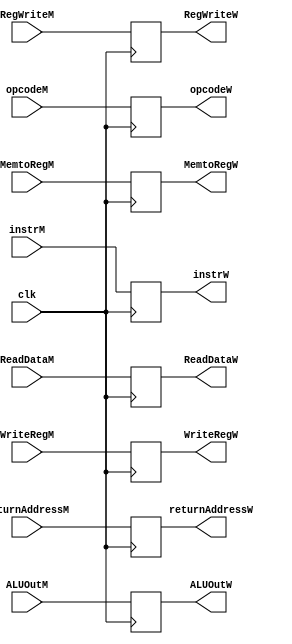
module MEM_WB
(
    //input
      input clk
    , input RegWriteM
    , input MemtoRegM
    , input[31:0] ReadDataM
    , input[31:0] ALUOutM
    , input[4:0] WriteRegM
    , input[31:0] returnAddressM
    , input[5:0] opcodeM
    , input[31:0] instrM
    //output
    , output reg RegWriteW
    , output reg MemtoRegW
    , output reg[31:0] ReadDataW
    , output reg[31:0] ALUOutW
    , output reg[4:0] WriteRegW
    , output reg[31:0] returnAddressW
    , output reg[5:0] opcodeW
    , output reg[31:0] instrW
);

always @(posedge clk) begin
    RegWriteW <= RegWriteM;
    MemtoRegW <= MemtoRegM;
    ReadDataW <= ReadDataM;
    ALUOutW <= ALUOutM;
    WriteRegW <= WriteRegM;
    returnAddressW <= returnAddressM;
    opcodeW <= opcodeM;
    instrW <= instrM;
end

endmodule